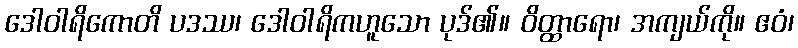
ဒေါဝါရိကောတိ ပဒဿ၊ ဒေါဝါရိကဟူသော ပုဒ်၏။ ဝိတ္ထာရော၊ အကျယ်ကို။ ဧဝံ၊